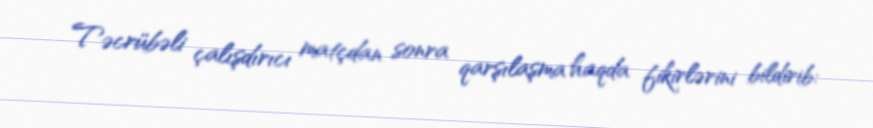
Təcrübəli çalışdırıcı matçdan sonra qarşılaşma haqda fikirlərini bildirib: